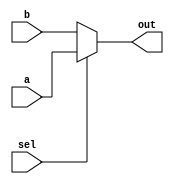
//
//
// https://hdlbits.01xz.net/wiki/Bugs_mux2
//
//

`default_nettype none

module top_module (
    input           sel,
    input   [7:0]   a,
    input   [7:0]   b,
    output  [7:0]   out
);

    assign out = sel ? a : b;

endmodule